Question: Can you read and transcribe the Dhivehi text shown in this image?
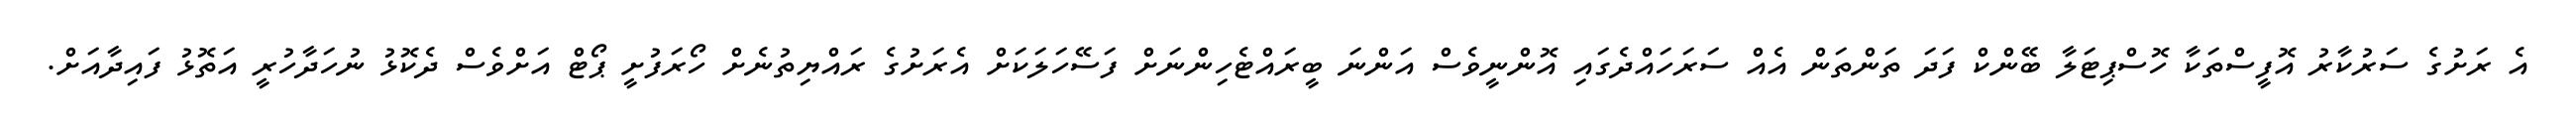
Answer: އެ ރަށުގެ ސަރުކާރު އޮފީސްތަކާ ހޮސްޕިޓަލާ ބޭންކް ފަދަ ތަންތަން އެއް ސަރަހައްދެގައި އޮންނީވެސް އަންނަ ބީރައްޓެހިންނަށް ފަސޭހަލަކަށް އެރަށުގެ ރައްޔިތުނެށް ހޯރަފުށީ ޕޯޓް އަށްވެސް ދެކޮޅު ނުހަދާހުރީ އަތޮޅު ފައިދާއަށް.